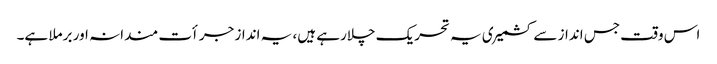
اس وقت جس انداز سے کشمیری یہ تحریک چلارہے ہیں، یہ انداز جرأت مندانہ اور برملا ہے۔